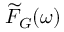
\widetilde { F } _ { G } ( \omega )